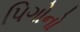
પિગોનો